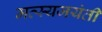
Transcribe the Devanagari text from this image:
मत्स्यजयंती